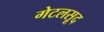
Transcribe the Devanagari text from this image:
गेटलसूद